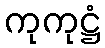
ကုကုဋ္ဌံ